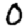
Digit: 0